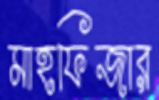
মাহফিজার